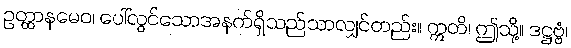
ဥတ္ထာနမေဝ၊ ပေါ်လွင်သောအနက်ရှိသည်သာလျှင်တည်း။ ဣတိ၊ ဤသို့။ ဒဋ္ဌဗ္ဗံ၊